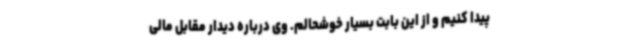
پیدا کنیم و از این بابت بسیار خوشحالم. وی درباره دیدار مقابل مالی